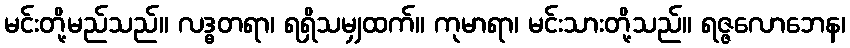
မင်းတို့မည်သည်။ လဒ္ဓတရာ၊ ရရှိသမျှထက်။ ကုမာရာ၊ မင်းသားတို့သည်။ ရဇ္ဇလောဘေန၊